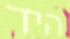
היד